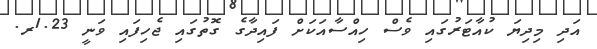
އަދި މިދިޔަ ކުއާޓަރުގައި ވެސް ހިއްސާއަކަށް ފައިދާގެ ގޮތުގައި ޖެހިފައި ވަނީ 1.23ރ.